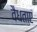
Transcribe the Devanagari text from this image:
वैधताएं